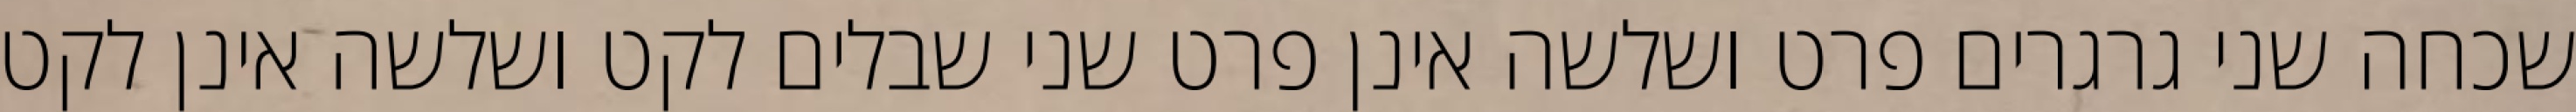
שכחה שני גרגרים פרט ושלשה אינן פרט שני שבלים לקט ושלשה אינן לקט